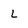
Character: L